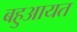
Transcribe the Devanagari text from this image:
बहुआयत